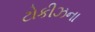
ટોકીઝના